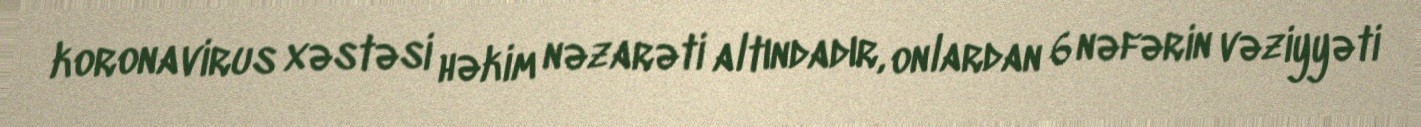
koronavirus xəstəsi həkim nəzarəti altındadır, onlardan 6 nəfərin vəziyyəti